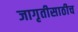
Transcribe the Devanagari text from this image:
जागृतीसाठीच